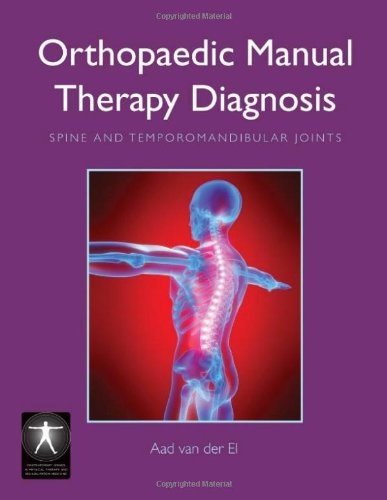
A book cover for Orthopaedic Manual Therapy Diagnosis: Spine And Temporomandibular Joints (Contemporary Issues in Physical Therapy and Rehabilitation Medicine); Aad van der El; Medical Books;